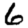
Digit: 6